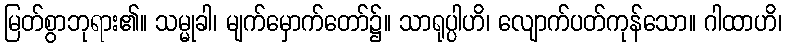
မြတ်စွာဘုရား၏။ သမ္မုခါ၊ မျက်မှောက်တော်၌။ သာရုပ္ပါဟိ၊ လျောက်ပတ်ကုန်သော။ ဂါထာဟိ၊